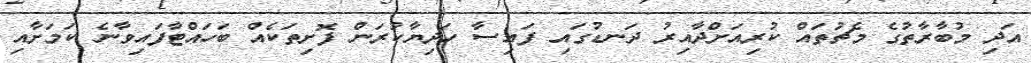
އަދި މުބާރާތުގެ މެޗުތައް ކުރިއަށްދާއިރު ދަނޑުގައި ފައިސާ ހަދިޔާކުރަން ފޮށިތަކެއް ބަހައްޓާފައިވާނެ ކަމަށާއި